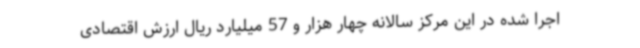
اجرا شده در این مرکز سالانه چهار هزار و 57 میلیارد ریال ارزش اقتصادی